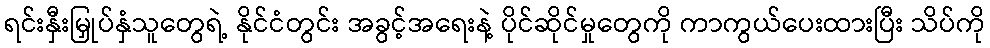
ရင်းနှီးမြှုပ်နှံသူတွေရဲ့ နိုင်ငံတွင်း အခွင့်အရေးနဲ့ ပိုင်ဆိုင်မှုတွေကို ကာကွယ်ပေးထားပြီး သိပ်ကို